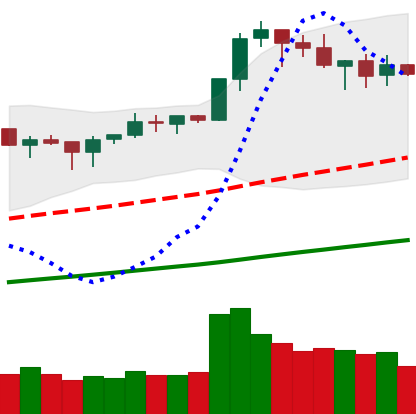
Ticker: BNB-USD
Chart end date: 2019-04-27
Forward return: 5.596%
Label: up_5_7